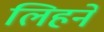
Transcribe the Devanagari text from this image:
लिहने